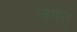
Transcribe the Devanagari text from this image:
जपेत्